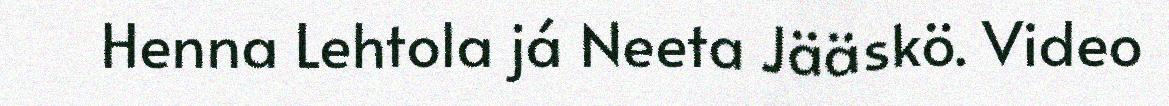
Henna Lehtola já Neeta Jääskö. Video